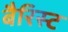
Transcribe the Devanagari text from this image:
बैरिस्ट